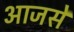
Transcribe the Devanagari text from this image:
आजसे